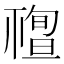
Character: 𥛠